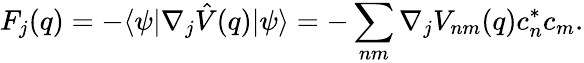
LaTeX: F_{j}(q)=-\langle\psi|\nabla_{j}\hat{V}(q)|\psi\rangle=-\sum_{nm}\nabla_{j}V_{nm}(q)c_{n}^{*}c_{m}.